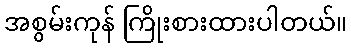
အစွမ်းကုန် ကြိုးစားထားပါတယ်။